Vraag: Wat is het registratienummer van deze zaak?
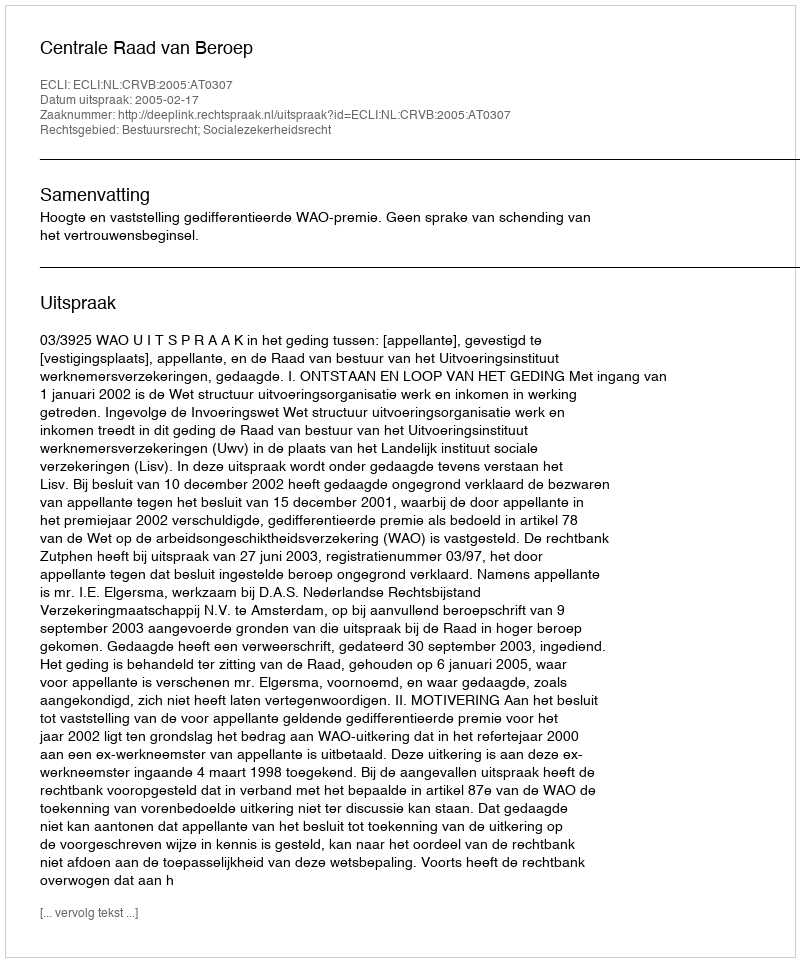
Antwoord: http://deeplink.rechtspraak.nl/uitspraak?id=ECLI:NL:CRVB:2005:AT0307